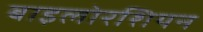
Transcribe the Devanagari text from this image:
बाइलोरशियन